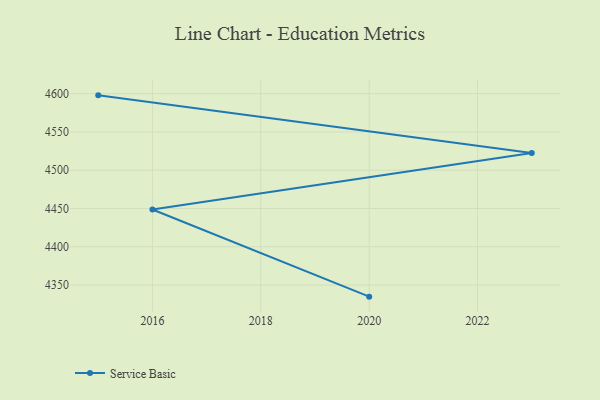
{"axis": {"x": "Year", "y": "Bounce Rate (%)"}, "legend": ["Service Basic"], "data": [{"x": "2020", "y": 4334.9, "type": "Service Basic"}, {"x": "2016", "y": 4448.7, "type": "Service Basic"}, {"x": "2023", "y": 4522.6, "type": "Service Basic"}, {"x": "2015", "y": 4597.8, "type": "Service Basic"}]}